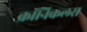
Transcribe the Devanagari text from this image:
क्रॉनिकलस